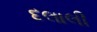
દલાલી